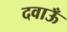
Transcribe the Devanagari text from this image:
दवाऊँ